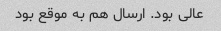
عالی بود. ارسال هم به موقع بود